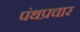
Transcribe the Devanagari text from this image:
पंथप्रचार